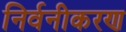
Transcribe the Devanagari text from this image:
निर्वनीकरण